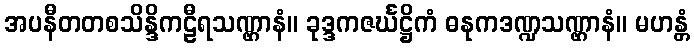
အပနီတတစသိန္ဒိကဠီရသဏ္ဌာနံ။ ခုဒ္ဒကဇင်္ဃဋ္ဌိကံ ဓနုကဒဏ္ဍသဏ္ဌာနံ။ မဟန္တံ